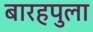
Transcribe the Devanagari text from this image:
बारहपुला